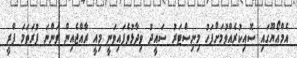
އެމްއޯޔޫގައި ސޮއިކުރެއްވުމަށްފަހު މިނިސްޓަރު ސައީދު ވިދާޅުވެފައިވަނީ މިއީ ރާއްޖެއިން ވަންނަ ފުރަތަމަ ފްރީ